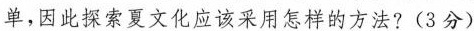
单，因此探索夏文化应该采用怎样的方法? (3分)